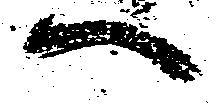
へ